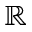
\mathbb { R }